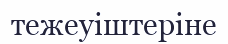
тежеуіштеріне